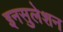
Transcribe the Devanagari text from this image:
इनसुलेशन